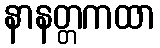
နာနတ္တကထာ